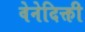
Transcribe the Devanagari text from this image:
वेनेदिक्ती